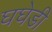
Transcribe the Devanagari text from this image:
घघेडी